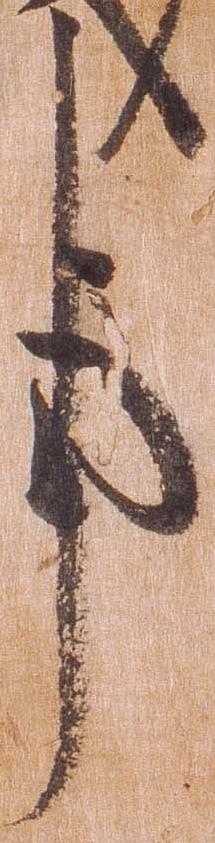
事